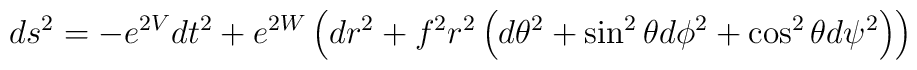
ds^{2}=-e^{2V}dt^{2}+e^{2W}\left( dr^{2}+f^{2}r^{2}\left( d\theta ^{2}+\sin^{2}\theta d\phi ^{2}+\cos ^{2}\theta d\psi ^{2}\right) \right)